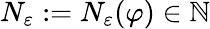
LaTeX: N_{\varepsilon}:=N_{\varepsilon}(\varphi)\in\mathbb{N}